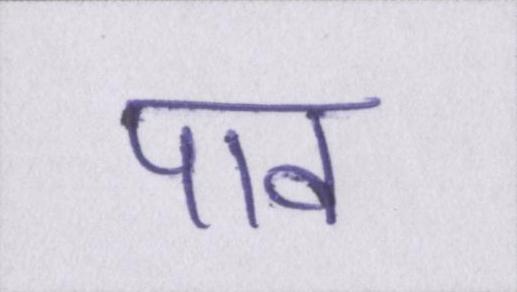
पाव